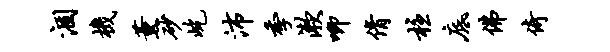
涸机薰砂屹沛季漱唧倩柱底佛倚